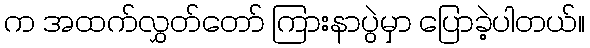
က အထက်လွှတ်တော် ကြားနာပွဲမှာ ပြောခဲ့ပါတယ်။